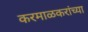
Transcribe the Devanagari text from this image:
करमाळकरांच्या